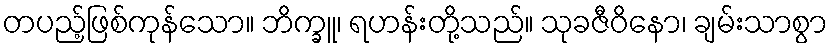
တပည့်ဖြစ်ကုန်သော။ ဘိက္ခူ၊ ရဟန်းတို့သည်။ သုခဇီဝိနော၊ ချမ်းသာစွာ